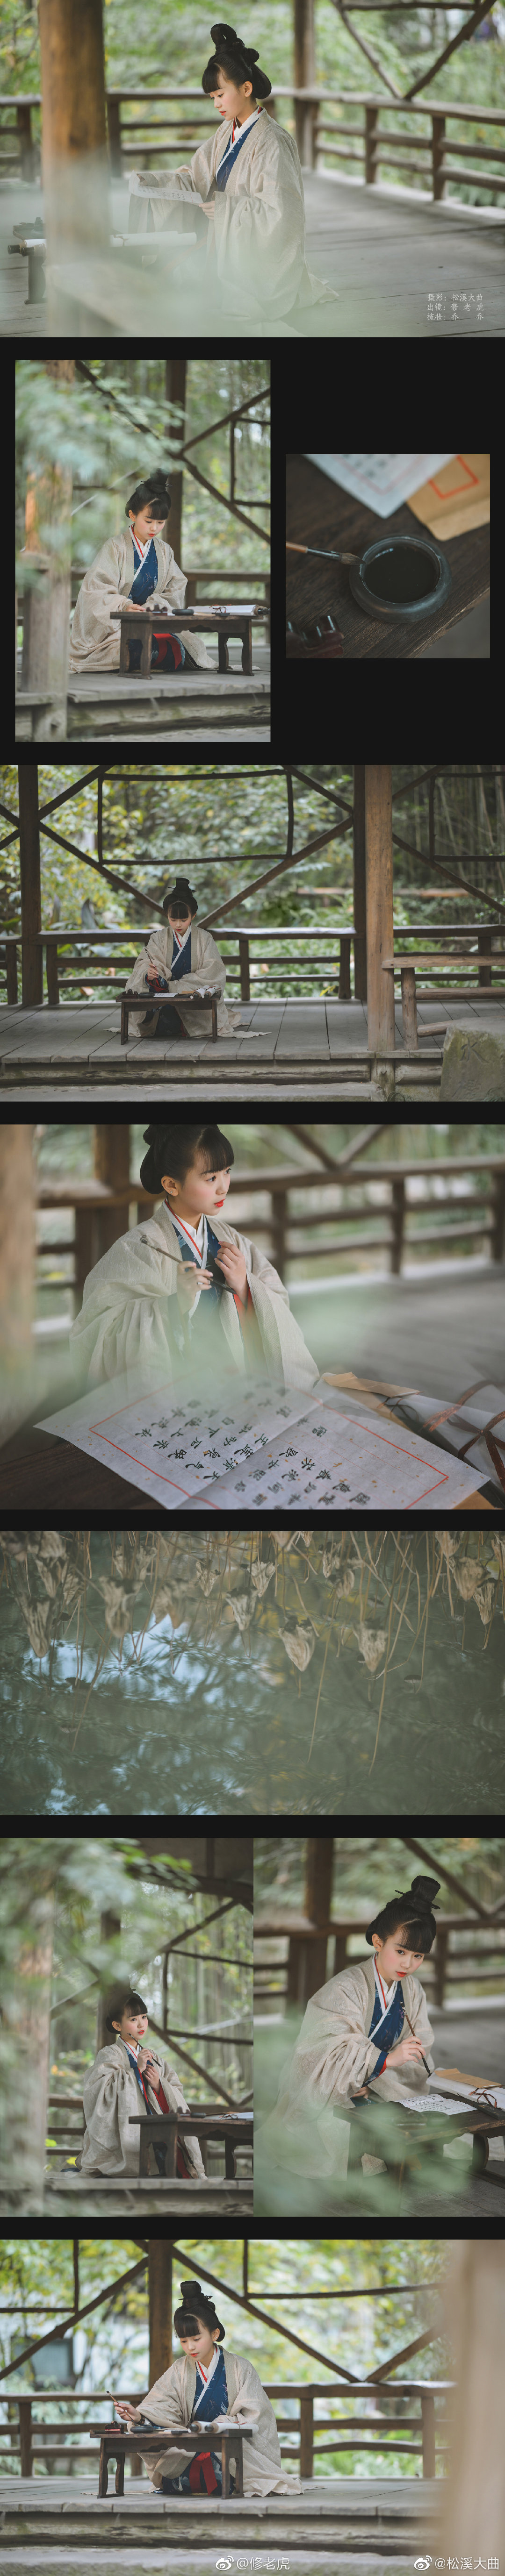
独敲初夜磬，闲倚一枝藤。